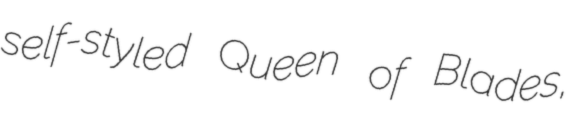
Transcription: self-styled Queen of Blades,